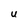
Character: U